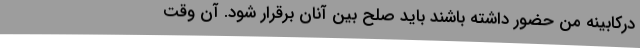
درکابینه من حضور داشته باشند باید صلح بین آنان برقرار شود. آن وقت